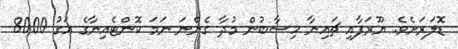
ޑޮލަރަށެވެ. ޔޫރަޕާއި ޗައިިނާ ހިސާބުން މުދާ ގެންނަ ނަމަ ކޮންޓެއިނާގެ އަގު 8000